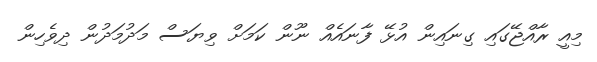
މިއީ ރާއްޖޭގައި ގިނައިން އުޅޭ ފާނައެއް ނޫން ކަމަށް ވިޔަސް މަދުމަދުން ދިވެހިން